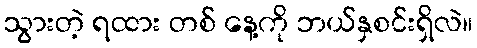
သွားတဲ့ ရထား တစ် နေ့ကို ဘယ်နှစင်းရှိလဲ။